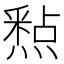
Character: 𮡐